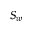
S _ { w }